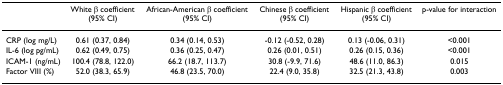
<table><thead><tr><td></td><td><b>White β coefficient (95% CI)</b></td><td><b>African-American β coefficient (95% CI)</b></td><td><b>Chinese β coefficient (95% CI)</b></td><td><b>Hispanic β coefficient (95% CI)</b></td><td><b>p-value for interaction</b></td></tr></thead><tbody><tr><td>CRP (log mg/L)</td><td>0.61 (0.37, 0.84)</td><td>0.34 (0.14, 0.53)</td><td>-0.12 (-0.52, 0.28)</td><td>0.13 (-0.06, 0.31)</td><td>&lt;0.001</td></tr><tr><td>IL-6 (log pg/mL)</td><td>0.62 (0.49, 0.75)</td><td>0.36 (0.25, 0.47)</td><td>0.26 (0.01, 0.51)</td><td>0.26 (0.15, 0.36)</td><td>&lt;0.001</td></tr><tr><td>ICAM-1 (ng/mL)</td><td>100.4 (78.8, 122.0)</td><td>66.2 (18.7, 113.7)</td><td>30.8 (-9.9, 71.6)</td><td>48.6 (11.0, 86.3)</td><td>0.015</td></tr><tr><td>Factor VIII (%)</td><td>52.0 (38.3, 65.9)</td><td>46.8 (23.5, 70.0)</td><td>22.4 (9.0, 35.8)</td><td>32.5 (21.3, 43.8)</td><td>0.003</td></tr></tbody></table>